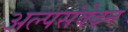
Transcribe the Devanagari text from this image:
अल्पसंवेदन